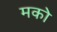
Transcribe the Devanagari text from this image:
मको